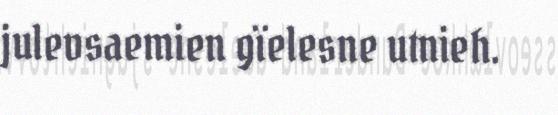
julevsaemien gïelesne utnieh.